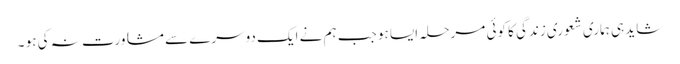
شاید ہی ہماری شعوری زندگی کا کوئی مرحلہ ایسا ہو جب ہم نے ایک دوسرے سے مشاورت نہ کی ہو ۔